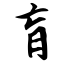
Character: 肓